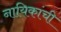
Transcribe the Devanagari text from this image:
नायिकांची